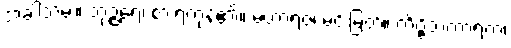
အခါသိမ်း။ ဘုဉ္ဇရေ၊ စားရကုန်၏။ မဟာရဇ၊ မင်းမြတ်။ ကိဗ္ဗိသကာရကံ၊